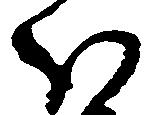
ほ